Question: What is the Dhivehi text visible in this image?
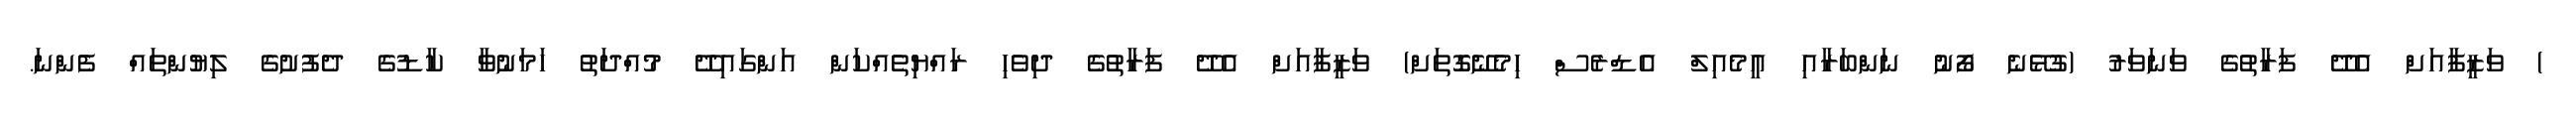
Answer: ) ވަޒީފާއަށް އެދޭ ފަރާތުގެ ވަނަވަރު (ގުޅޭނެ ފޯނު ނަންބަރާއި އީމެއިލް އެޑްރެސް ހިމެނޭގޮތަށް) ވަޒީފާއަށް އެދޭ ފަރާތުގެ ދިވެހި ރައްޔިތެއްކަން އަންގައިދޭ މުއްދަތު ހަމަނުވާ ކާޑުގެ ދެފުށުގެ ލިޔުންތައް ފެންނަ.